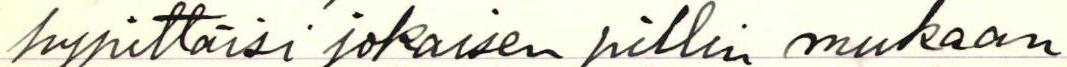
hypittäisi jokaisen pillin mukaan